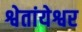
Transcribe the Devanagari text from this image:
श्वेतांयेश्वर